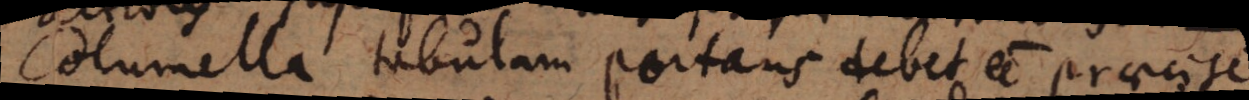
Columella tabulam portans debet esse praecise